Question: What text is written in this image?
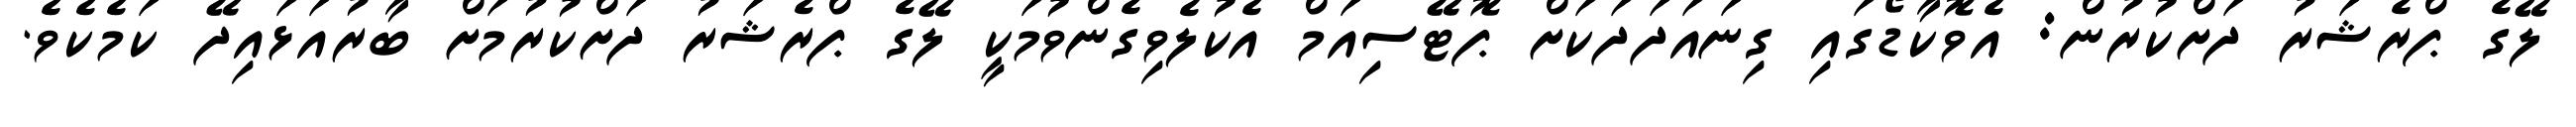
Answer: ލޭގެ ޕްރެޝަރު ދަށްކުރުން: އެވޮކާޑޯގައި ގިނައަދަދަކަށް ޕޮޓޭސިއަމް އެކުލެވިގެންވުމަކީ ލޭގެ ޕްރެޝަރު ދަށްކުރުމަށް ބާރުއަޅައިދޭ ކަމެކެވެ.